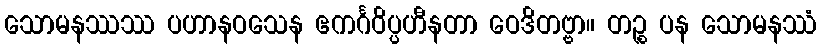
သောမနဿဿ ပဟာနဝသေန ဧကင်္ဂဝိပ္ပဟီနတာ ဝေဒိတဗ္ဗာ။ တဉ္စ ပန သောမနဿံ